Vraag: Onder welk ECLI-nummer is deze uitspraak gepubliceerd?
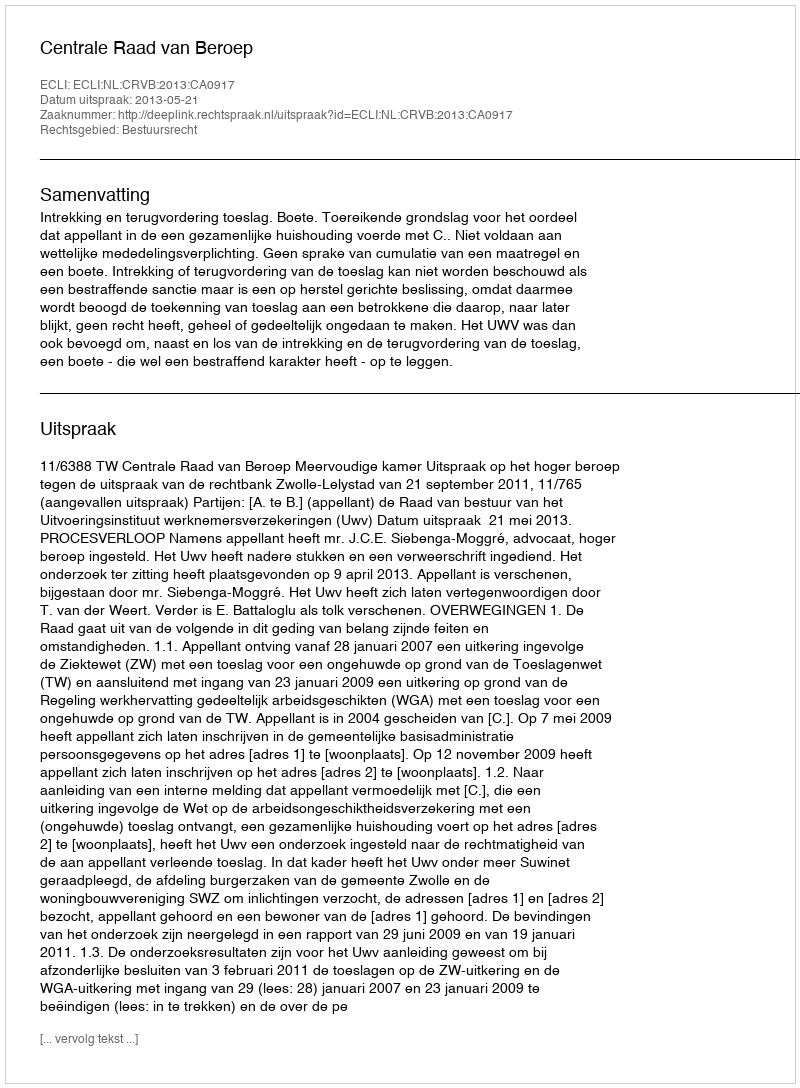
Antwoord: ECLI:NL:CRVB:2013:CA0917